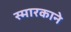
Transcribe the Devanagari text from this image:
स्मारकाने